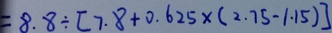
= 8 . 8 \div [ 7 . 8 + 0 . 6 2 5 \times ( 2 . 7 5 - 1 . 1 5 ) ]